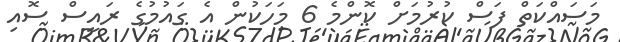
މަސައްކަތް ފަސް ކުރުމަށް ކޮންމެ 6 މަހަކުން އެ ގައުމުގެ ރައީސް ސޮއި